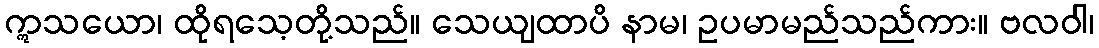
ဣသယော၊ ထိုရသေ့တို့သည်။ သေယျထာပိ နာမ၊ ဥပမာမည်သည်ကား။ ဗလဝါ၊